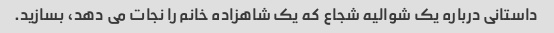
داستانی درباره یک شوالیه شجاع که یک شاهزاده خانم را نجات می دهد، بسازید.